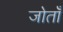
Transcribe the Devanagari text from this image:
जोताँ